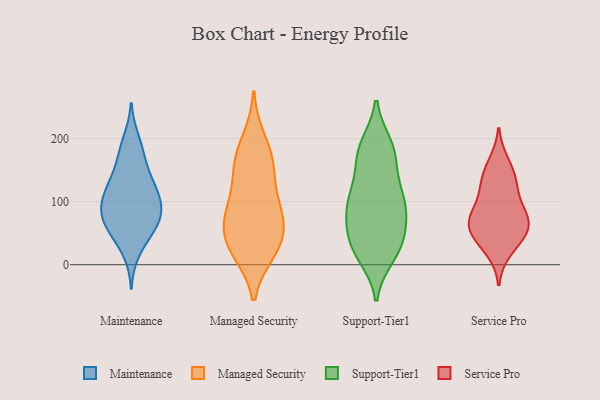
{"axis": {"x": "Market Share (%)", "y": "Value"}, "legend": ["Maintenance", "Managed Security", "Service Pro", "Support-Tier1"], "data": [{"x": "", "y": 59, "type": "Maintenance"}, {"x": "", "y": 172, "type": "Maintenance"}, {"x": "", "y": 65, "type": "Maintenance"}, {"x": "", "y": 101, "type": "Maintenance"}, {"x": "", "y": 183, "type": "Maintenance"}, {"x": "", "y": 99, "type": "Maintenance"}, {"x": "", "y": 95, "type": "Maintenance"}, {"x": "", "y": 53, "type": "Maintenance"}, {"x": "", "y": 142, "type": "Maintenance"}, {"x": "", "y": 199, "type": "Maintenance"}, {"x": "", "y": 83, "type": "Maintenance"}, {"x": "", "y": 120, "type": "Maintenance"}, {"x": "", "y": 108, "type": "Maintenance"}, {"x": "", "y": 46, "type": "Maintenance"}, {"x": "", "y": 72, "type": "Maintenance"}, {"x": "", "y": 141, "type": "Maintenance"}, {"x": "", "y": 80, "type": "Maintenance"}, {"x": "", "y": 127, "type": "Maintenance"}, {"x": "", "y": 19, "type": "Maintenance"}, {"x": "", "y": 94, "type": "Managed Security"}, {"x": "", "y": 28, "type": "Managed Security"}, {"x": "", "y": 22, "type": "Managed Security"}, {"x": "", "y": 30, "type": "Managed Security"}, {"x": "", "y": 154, "type": "Managed Security"}, {"x": "", "y": 74, "type": "Managed Security"}, {"x": "", "y": 41, "type": "Managed Security"}, {"x": "", "y": 80, "type": "Managed Security"}, {"x": "", "y": 83, "type": "Managed Security"}, {"x": "", "y": 163, "type": "Managed Security"}, {"x": "", "y": 197, "type": "Managed Security"}, {"x": "", "y": 154, "type": "Managed Security"}, {"x": "", "y": 57, "type": "Support-Tier1"}, {"x": "", "y": 190, "type": "Support-Tier1"}, {"x": "", "y": 171, "type": "Support-Tier1"}, {"x": "", "y": 188, "type": "Support-Tier1"}, {"x": "", "y": 137, "type": "Support-Tier1"}, {"x": "", "y": 49, "type": "Support-Tier1"}, {"x": "", "y": 34, "type": "Support-Tier1"}, {"x": "", "y": 13, "type": "Support-Tier1"}, {"x": "", "y": 80, "type": "Support-Tier1"}, {"x": "", "y": 102, "type": "Support-Tier1"}, {"x": "", "y": 88, "type": "Support-Tier1"}, {"x": "", "y": 185, "type": "Support-Tier1"}, {"x": "", "y": 108, "type": "Support-Tier1"}, {"x": "", "y": 15, "type": "Support-Tier1"}, {"x": "", "y": 162, "type": "Support-Tier1"}, {"x": "", "y": 76, "type": "Support-Tier1"}, {"x": "", "y": 102, "type": "Support-Tier1"}, {"x": "", "y": 28, "type": "Support-Tier1"}, {"x": "", "y": 30, "type": "Support-Tier1"}, {"x": "", "y": 108, "type": "Support-Tier1"}, {"x": "", "y": 119, "type": "Service Pro"}, {"x": "", "y": 50, "type": "Service Pro"}, {"x": "", "y": 23, "type": "Service Pro"}, {"x": "", "y": 77, "type": "Service Pro"}, {"x": "", "y": 65, "type": "Service Pro"}, {"x": "", "y": 44, "type": "Service Pro"}, {"x": "", "y": 83, "type": "Service Pro"}, {"x": "", "y": 127, "type": "Service Pro"}, {"x": "", "y": 161, "type": "Service Pro"}, {"x": "", "y": 142, "type": "Service Pro"}, {"x": "", "y": 77, "type": "Service Pro"}, {"x": "", "y": 54, "type": "Service Pro"}]}